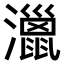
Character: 𤁯